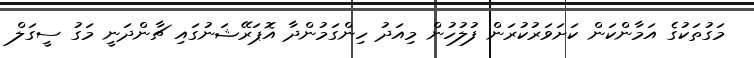
މަގުތަކުގެ އަމާންކަން ކަށަވަރުކުރަން ފުލުހުން މިއަދު ހިންގަމުންދާ އޮޕަރޭޝަނުގައި ޗާންދަނީ މަގު ސީގަލް